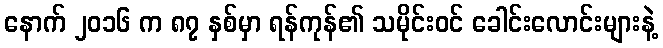
နောက် ၂၀၁၆ က ၈၇ နှစ်မှာ ရန်ကုန်၏ သမိုင်းဝင် ခေါင်းလောင်းများနဲ့